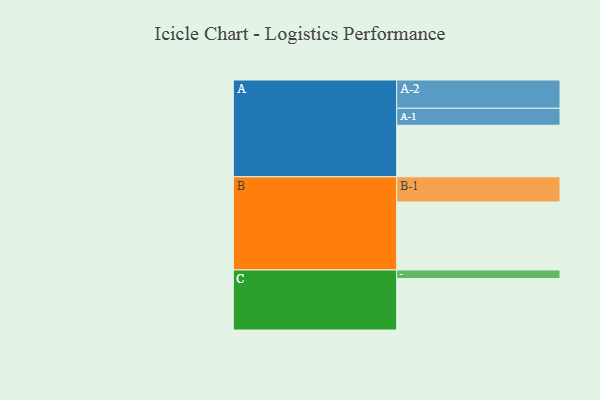
{"axis": {"x": "Segment", "y": "Value"}, "legend": ["", "A", "B", "C"], "data": [{"x": "A", "y": 367, "type": ""}, {"x": "B", "y": 484, "type": ""}, {"x": "C", "y": 366, "type": ""}, {"x": "A-1", "y": 121, "type": "A"}, {"x": "A-2", "y": 201, "type": "A"}, {"x": "B-1", "y": 179, "type": "B"}, {"x": "C-1", "y": 61, "type": "C"}]}